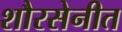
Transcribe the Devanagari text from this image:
शौरसेनीत